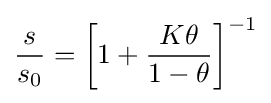
{\frac {s}{s_{0}}}=\left[1+{\frac {K\theta }{1-\theta }}\right]^{-1}